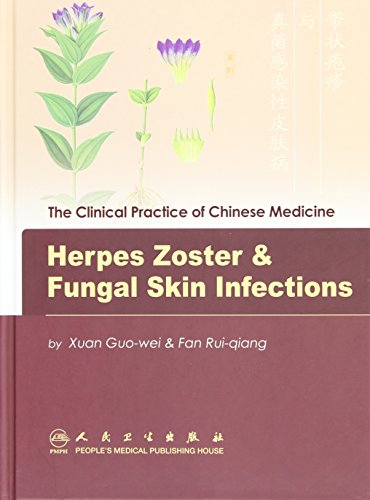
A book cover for Herpes Zoster & Fungal Skin Infections (Clinical Practice of Chinese Medicine); Xuan Guowei; Health, Fitness & Dieting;